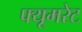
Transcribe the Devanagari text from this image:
फ्यूमरेट